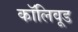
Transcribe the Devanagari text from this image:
कॉलिवूड